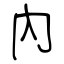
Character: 內